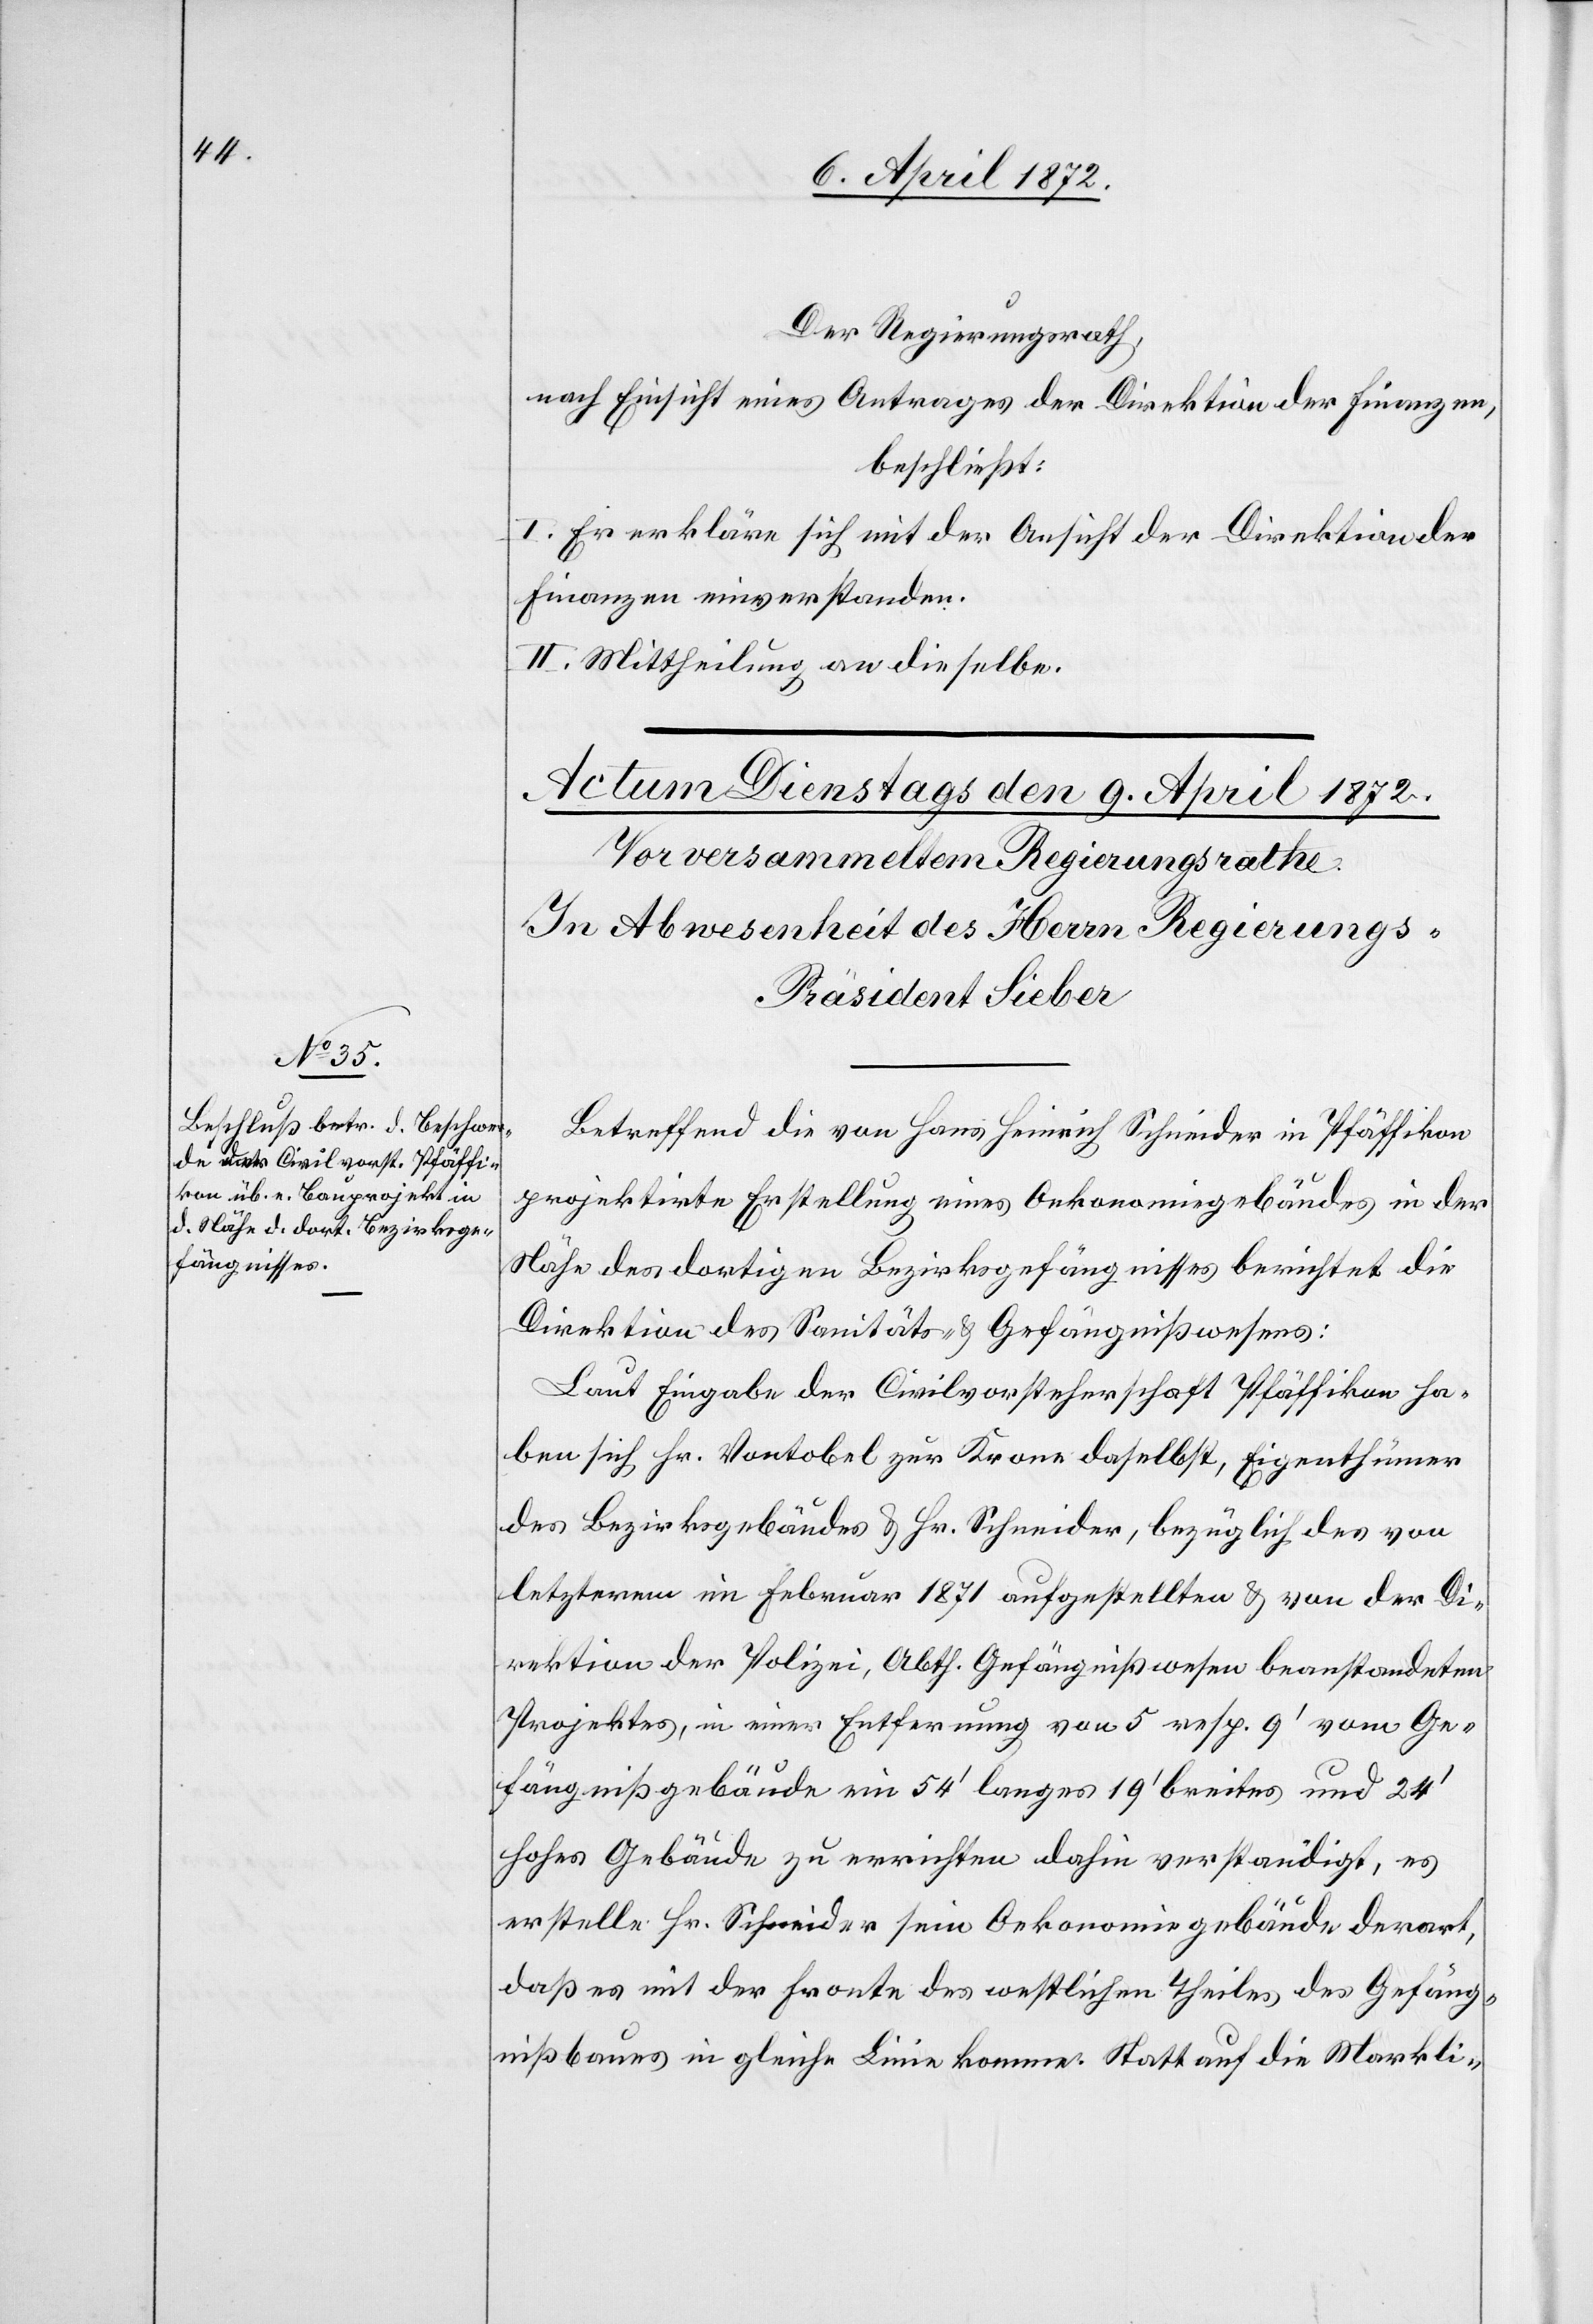
Der Regierungsrath,
nach Einsicht eines Antrages der Direktion der Finanzen,
beschließt:
I. Er erkläre sich mit der Ansicht der Direktion der
Finanzen einverstanden.
II. Mittheilung an dieselbe.
Betreffend die von Hans Heinrich Schneider in Pfäffikon
projektirte Erstellung eines Oekonomiegebäudes in der
Nähe des dortigen Bezirksgefängnisses berichtet die
Direktion des Sanitäts- u. Gefängnißwesens:
Laut Eingabe der Civilvorsteherschaft Pfäffikon ha¬
ben sich Hr. Vontobel zur Krone daselbst, Eigenthümer
des Bezirksgebäudes u. Hr. Schneider, bezüglich des von
letzterem im Februar 1871 aufgestellten u. von der Di¬
rektion der Polizei, Abth. Gefängnißwesen beanstandeten
Projektes, in einer Entfernung von 5 resp. 9’ vom Ge¬
fängnißgebäude zu errichten dahin verständigt, es e¬
rstelle Hr. Schneider sein Oekonomiegebäude derart,
daß es mit der Fronte des westlichen Theiles des Gefäng¬
nißbaues in gleiche Linie komme. Statt auf die Markli-